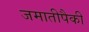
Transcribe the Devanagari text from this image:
जमातीपैकी